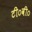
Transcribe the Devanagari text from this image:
टी०वी०